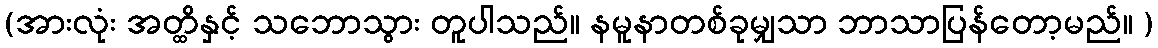
(အားလုံး အတ္ထိနှင့် သဘောသွား တူပါသည်။ နမူနာတစ်ခုမျှသာ ဘာသာပြန်တော့မည်။ )